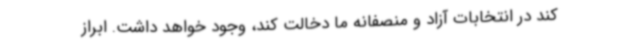
کند در انتخابات آزاد و منصفانه ما دخالت کند، وجود خواهد داشت. ابراز